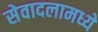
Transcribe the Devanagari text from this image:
सेवादलामध्ये